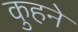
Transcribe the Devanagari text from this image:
कुहने